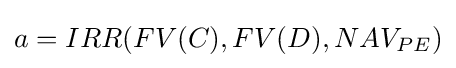
a=IRR(FV(C),FV(D),NAV_{PE})